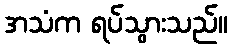
အသံက ရပ်သွားသည်။